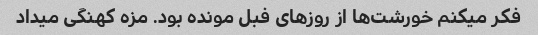
فکر میکنم خورشت‌ها از روزهای فبل مونده بود. مزه کهنگی میداد